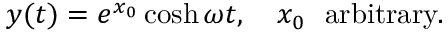
y ( t ) = e ^ { x _ { 0 } } \cosh \omega t , \quad x _ { 0 } \ \ \mathrm { a r b i t r a r y } .